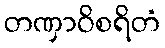
တဏှာဝိစရိတံ